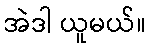
အဲဒါ ယူမယ်။